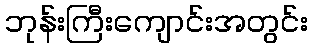
ဘုန်းကြီးကျောင်းအတွင်း